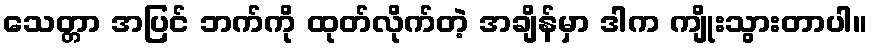
သေတ္တာ အပြင် ဘက်ကို ထုတ်လိုက်တဲ့ အချိန်မှာ ဒါက ကျိုးသွားတာပါ။